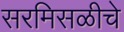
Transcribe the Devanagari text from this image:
सरमिसळीचे